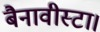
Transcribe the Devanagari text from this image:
बैनावीस्टा।